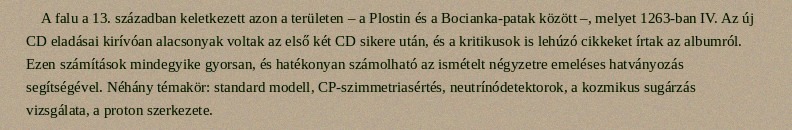
A falu a 13. században keletkezett azon a területen – a Plostin és a Bocianka-patak között –, melyet 1263-ban IV. Az új CD eladásai kirívóan alacsonyak voltak az első két CD sikere után, és a kritikusok is lehúzó cikkeket írtak az albumról. Ezen számítások mindegyike gyorsan, és hatékonyan számolható az ismételt négyzetre emeléses hatványozás segítségével. Néhány témakör: standard modell, CP-szimmetriasértés, neutrínódetektorok, a kozmikus sugárzás vizsgálata, a proton szerkezete.